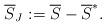
LaTeX: \begin{align*}\overline{S}_J:=\overline{S}-\overline{S}^*.\end{align*}